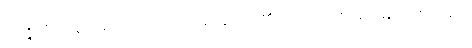
ဝိဝဇ္ဇိတံ၊ မယှဉ်မစပ် ကင်းပြတ်ခြားနားလှ၏။ မဟာရာဇ၊ မင်းမြတ်။ ဧဝမေဝ